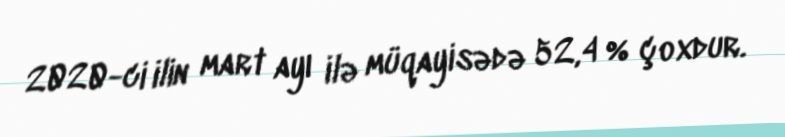
2020-ci ilin mart ayı ilə müqayisədə 52,4 % çoxdur.